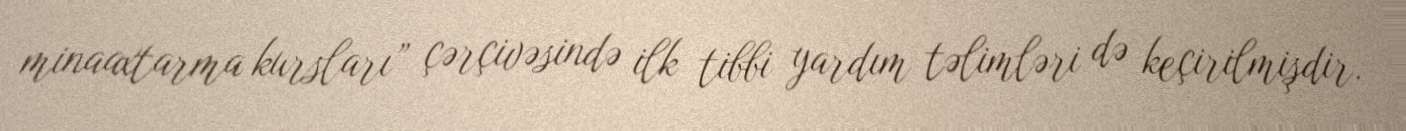
minaaxtarma kursları” çərçivəsində ilk tibbi yardım təlimləri də keçirilmişdir.